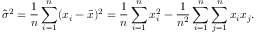
{ \widehat { \sigma } } ^ { 2 } = { \frac { 1 } { n } } \sum _ { i = 1 } ^ { n } ( x _ { i } - { \bar { x } } ) ^ { 2 } = { \frac { 1 } { n } } \sum _ { i = 1 } ^ { n } x _ { i } ^ { 2 } - { \frac { 1 } { n ^ { 2 } } } \sum _ { i = 1 } ^ { n } \sum _ { j = 1 } ^ { n } x _ { i } x _ { j } .